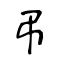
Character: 弔